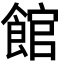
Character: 館